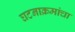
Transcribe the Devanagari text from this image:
घटनाक्रमांचा